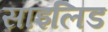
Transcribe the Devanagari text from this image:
साइलिड